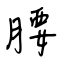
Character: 腰